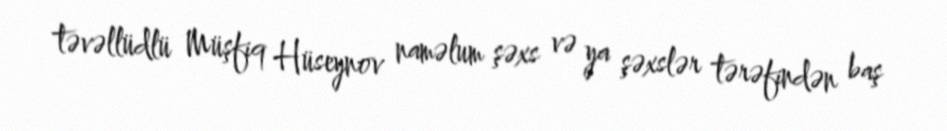
təvəllüdlü Müşfiq Hüseynov naməlum şəxs və ya şəxslər tərəfindən baş